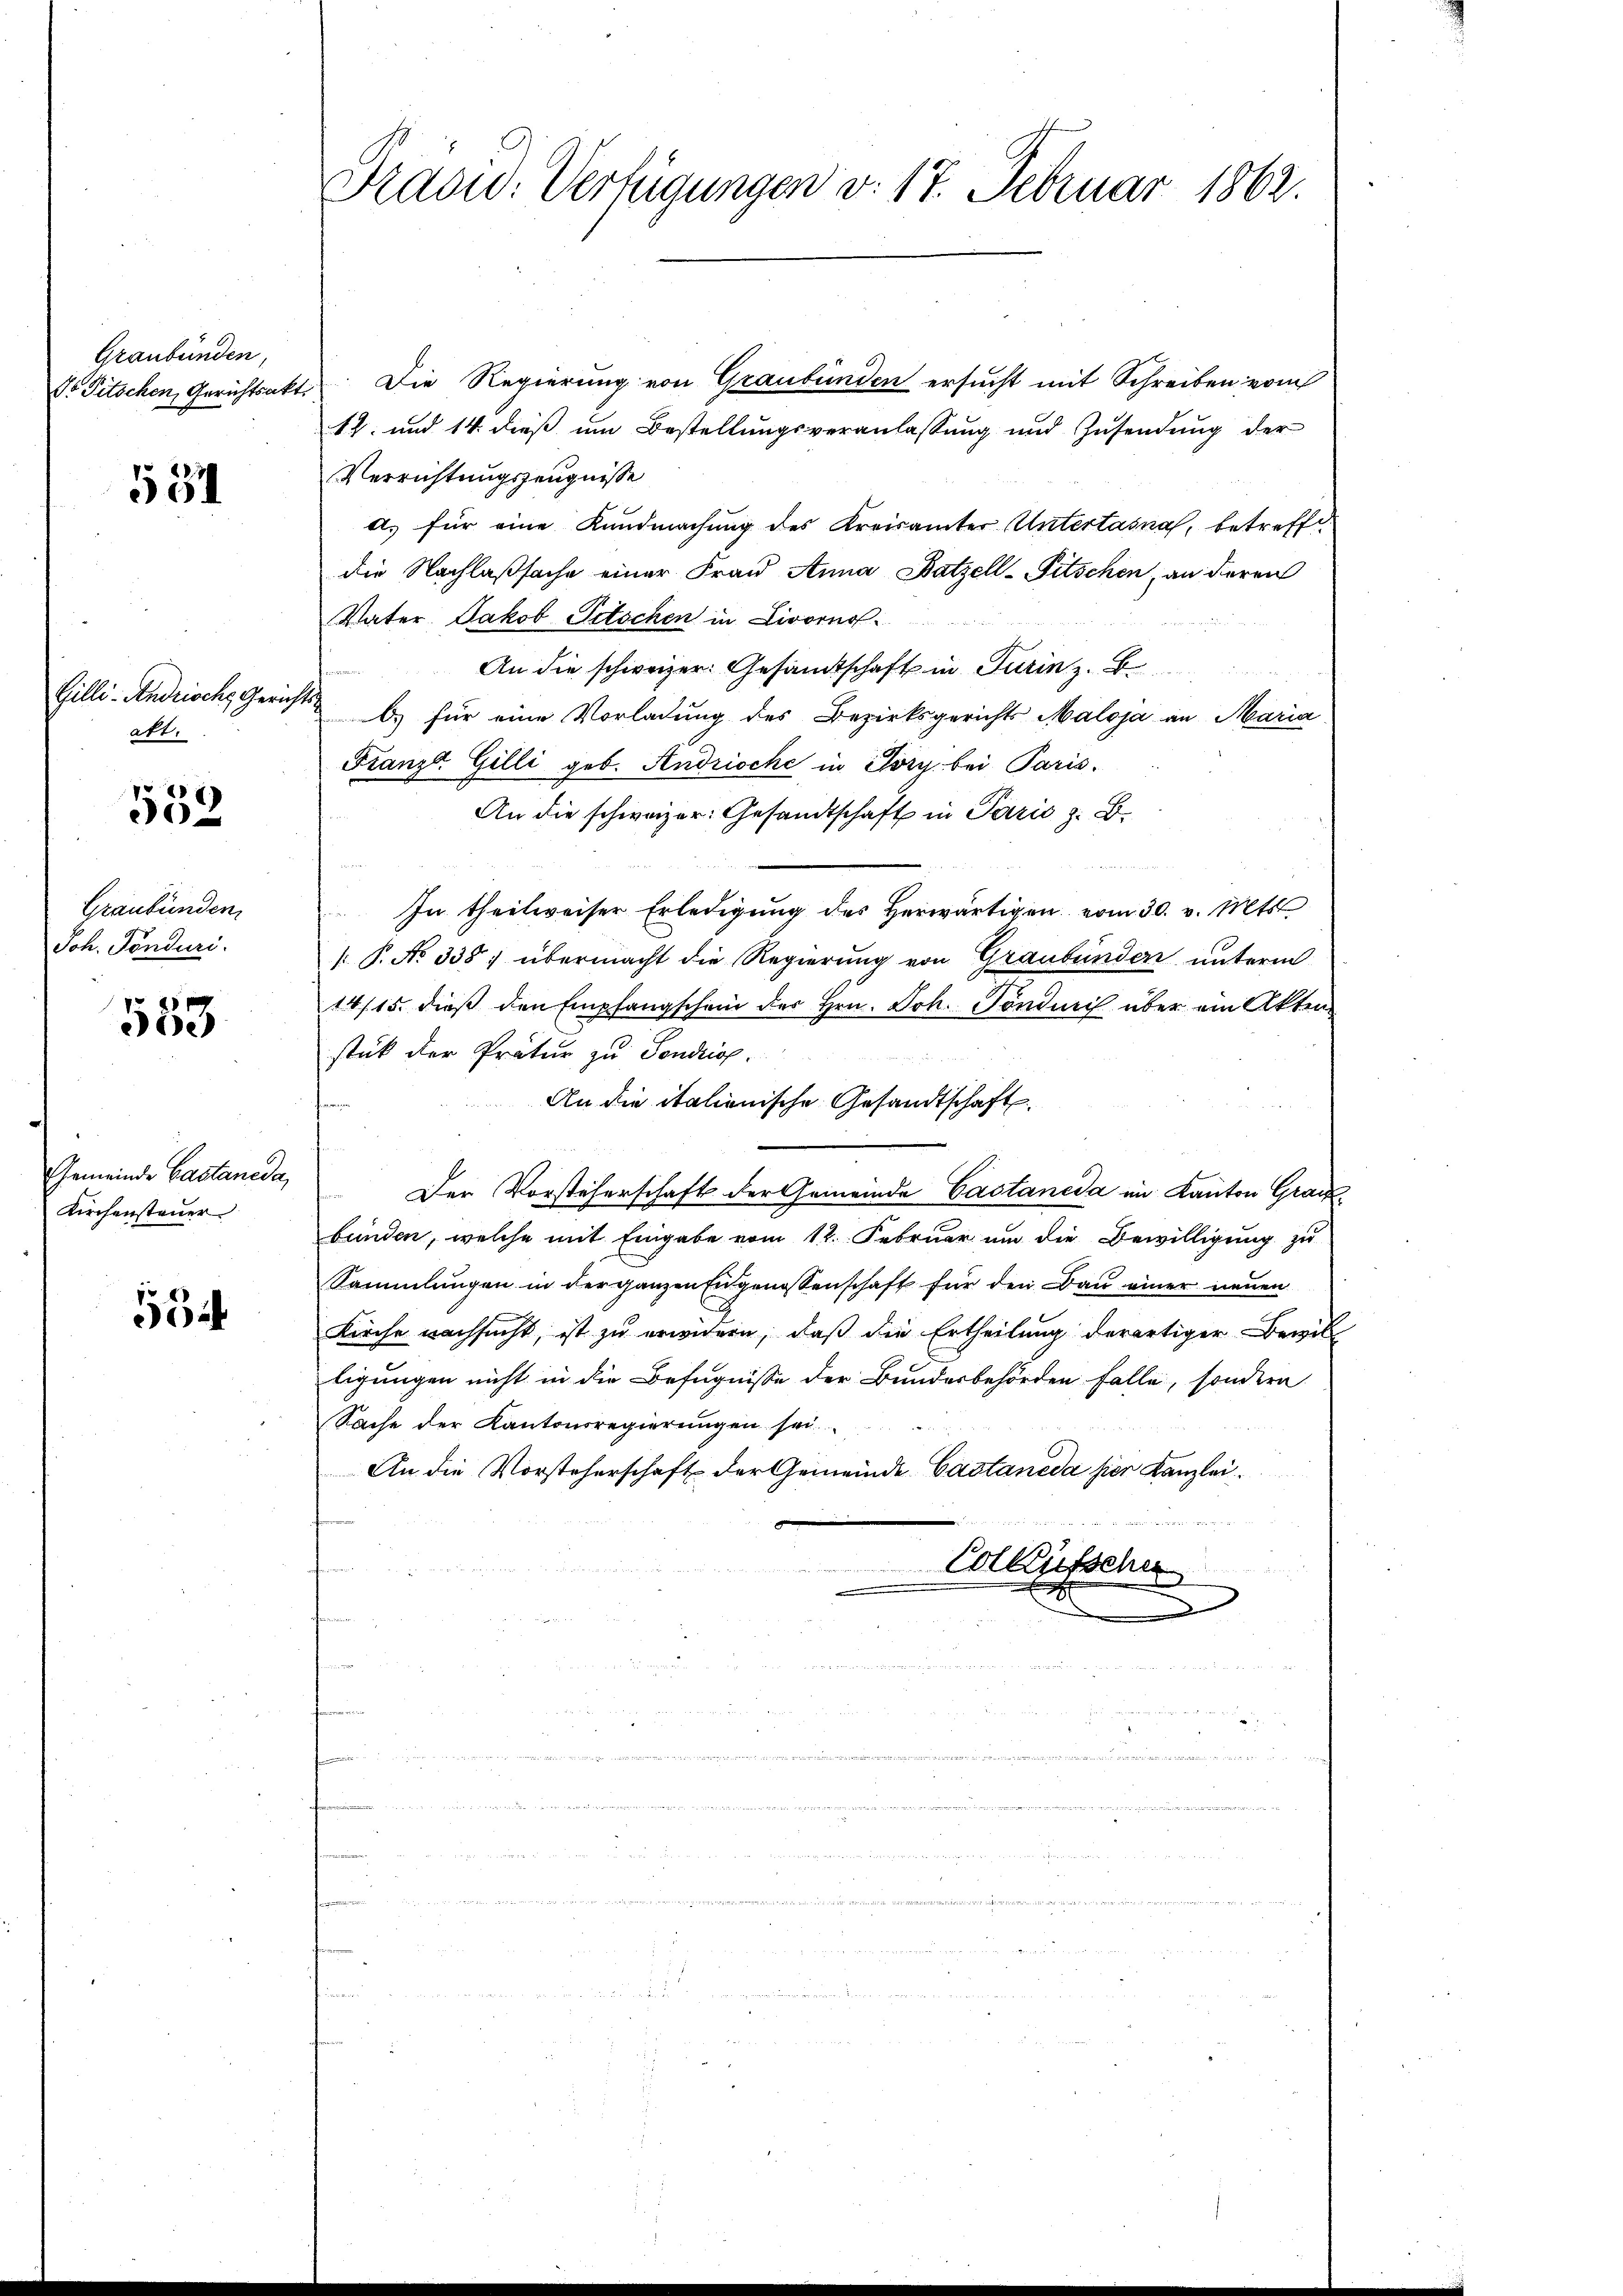
Graubünden,

531

Gilli-Andrische Gerichts
att.

552

Graubünden.
Joh. Tönduri.

25
Sie

Gemeinde Castaneda,
Kirchensteuer

55

Präsid. Verfügungen v. 17. Februar 1862.

So Pitschen Gerichtsakt. Die Regierung von Graubünden ersucht mit Schreiben vom
12. und 14. dieß um Bestellungsveranlassung und Zusendung der
Verrichtungszeugnisse
a) für eine Kundmachung des Kreisämter Untertasna, betreffidie Nachlaßsache einer Frau Anna Batzell-Pitschen, an deren
Vater Jakob Petschen in Livorno
An die schweizer. Gesandtschaft in Turin z. B.
b.) für eine Vorladung des Bezirksgerichts Maloja an Maria
Franze Gilli geb. Andrische in Sory. bei Paris.
An die schweizer Gesandtschaft in Paris z. B.
In theilweiser Erledigung des herwärtigen vom 30. v. Mts.
 P. No 338) übermacht die Regierung von Graubünden unterm
14/15. dieß den Empfangschein des Hrn. Joh. Töndnis über ein Akten
stik der Pratur zu Fondriss.
An die italienische Gesandtschaft
Der Vorsteherschaft der Gemeinde Castaneda im Kanton Grackbünden, welche mit Eingabe vom 12. Februar um die Bewilligung zu
Sammlungen in der ganzen Eidgenossenschaft für den Bau einer neuen
Kirche nachsucht, ist zu erwidern, daß die Ertheilung derartiger Bewil
ligungen nicht in die Befugnisse der Bundesbehörden Falle, sondern
Sache der Kantonsregierungen sei
An die Vorsteherschaft der Gemeinde Castaneda hier Kanzlei
Collegissehen
n
n
n